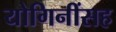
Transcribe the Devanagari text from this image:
योगिनींसह